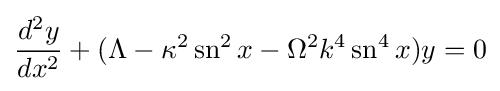
{\frac {d^{2}y}{dx^{2}}}+(\Lambda -\kappa ^{2}\operatorname {sn} ^{2}x-\Omega ^{2}k^{4}\operatorname {sn} ^{4}x)y=0